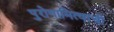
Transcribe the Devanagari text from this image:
पुरोगामित्वाची